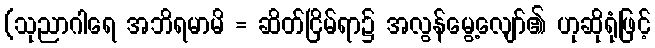
(သုညာဂါရေ အဘိရမာမိ = ဆိတ်ငြိမ်ရာ၌ အလွန်မွေ့လျော်၏ ဟုဆိုရုံဖြင့်